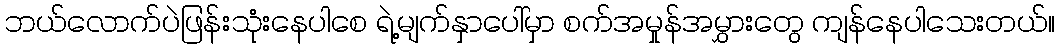
ဘယ်လောက်ပဲဖြန်းသုံးနေပါစေ ရဲ့မျက်နှာပေါ်မှာ စက်အမှုန်အမွှားတွေ ကျန်နေပါသေးတယ်။